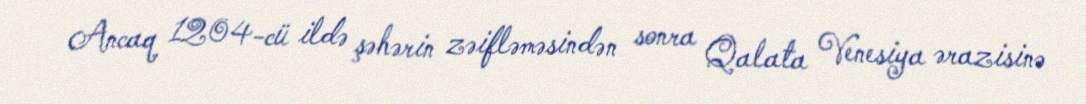
Ancaq 1204-cü ildə şəhərin zəifləməsindən sonra Qalata Venesiya ərazisinə